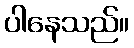
ပါနေသည်။